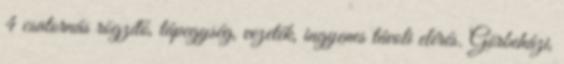
4 csatornás rögzítő, tápegység, vezeték, ingyenes távoli elérés. Görbeházi,